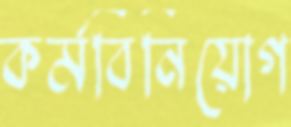
কর্মবিনিয়োগ